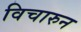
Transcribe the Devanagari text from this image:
विचारुन